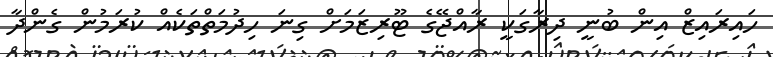
ހައިރައިޒް އިން ބުނީ ދިރާގަކީ ރާއްޖޭގެ ޓޫރިޒަމަށް ގިނަ ހިދުމަތްތަކެއް ކުރަމުން ގެންދާ